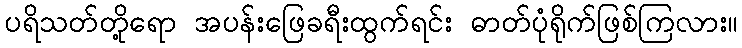
ပရိသတ်တို့ရော အပန်းဖြေခရီးထွက်ရင်း ဓာတ်ပုံရိုက်ဖြစ်ကြလား။